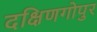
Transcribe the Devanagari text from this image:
दक्षिणगोपुर